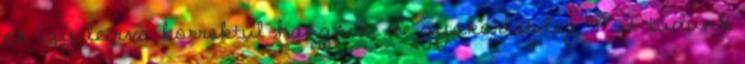
ez így leírva korrektül hangzik, de gyakorlatilag Mit tudunk